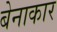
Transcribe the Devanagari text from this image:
बेनाकार